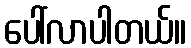
ပေါ်လာပါတယ်။